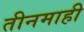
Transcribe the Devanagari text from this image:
तीनमाही